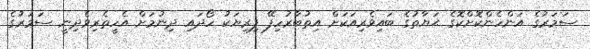
ސަމަރުގެ އަންހެންކޮށްކޮގެ ޙަޔާތުގެ ބައިވެރިއަކަށް އިތުބާރުހިފޭ ފިރިޔަކު ހޯދައި ދިނުމަށް އެހީތެރިވެދިނީ ސަމަރުގެ